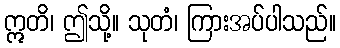
ဣတိ၊ ဤသို့။ သုတံ၊ ကြားအပ်ပါသည်။